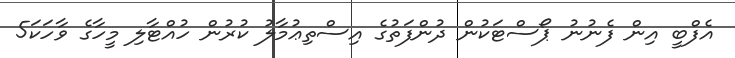
އެފްބީ އިން ފެނުނު ޕޯސްޓަކުން ދުންފަތުގެ އިސްތިޢުމާލު ކުރުން ހުއްޓާލި މީހާގެ ވާހަކަ5